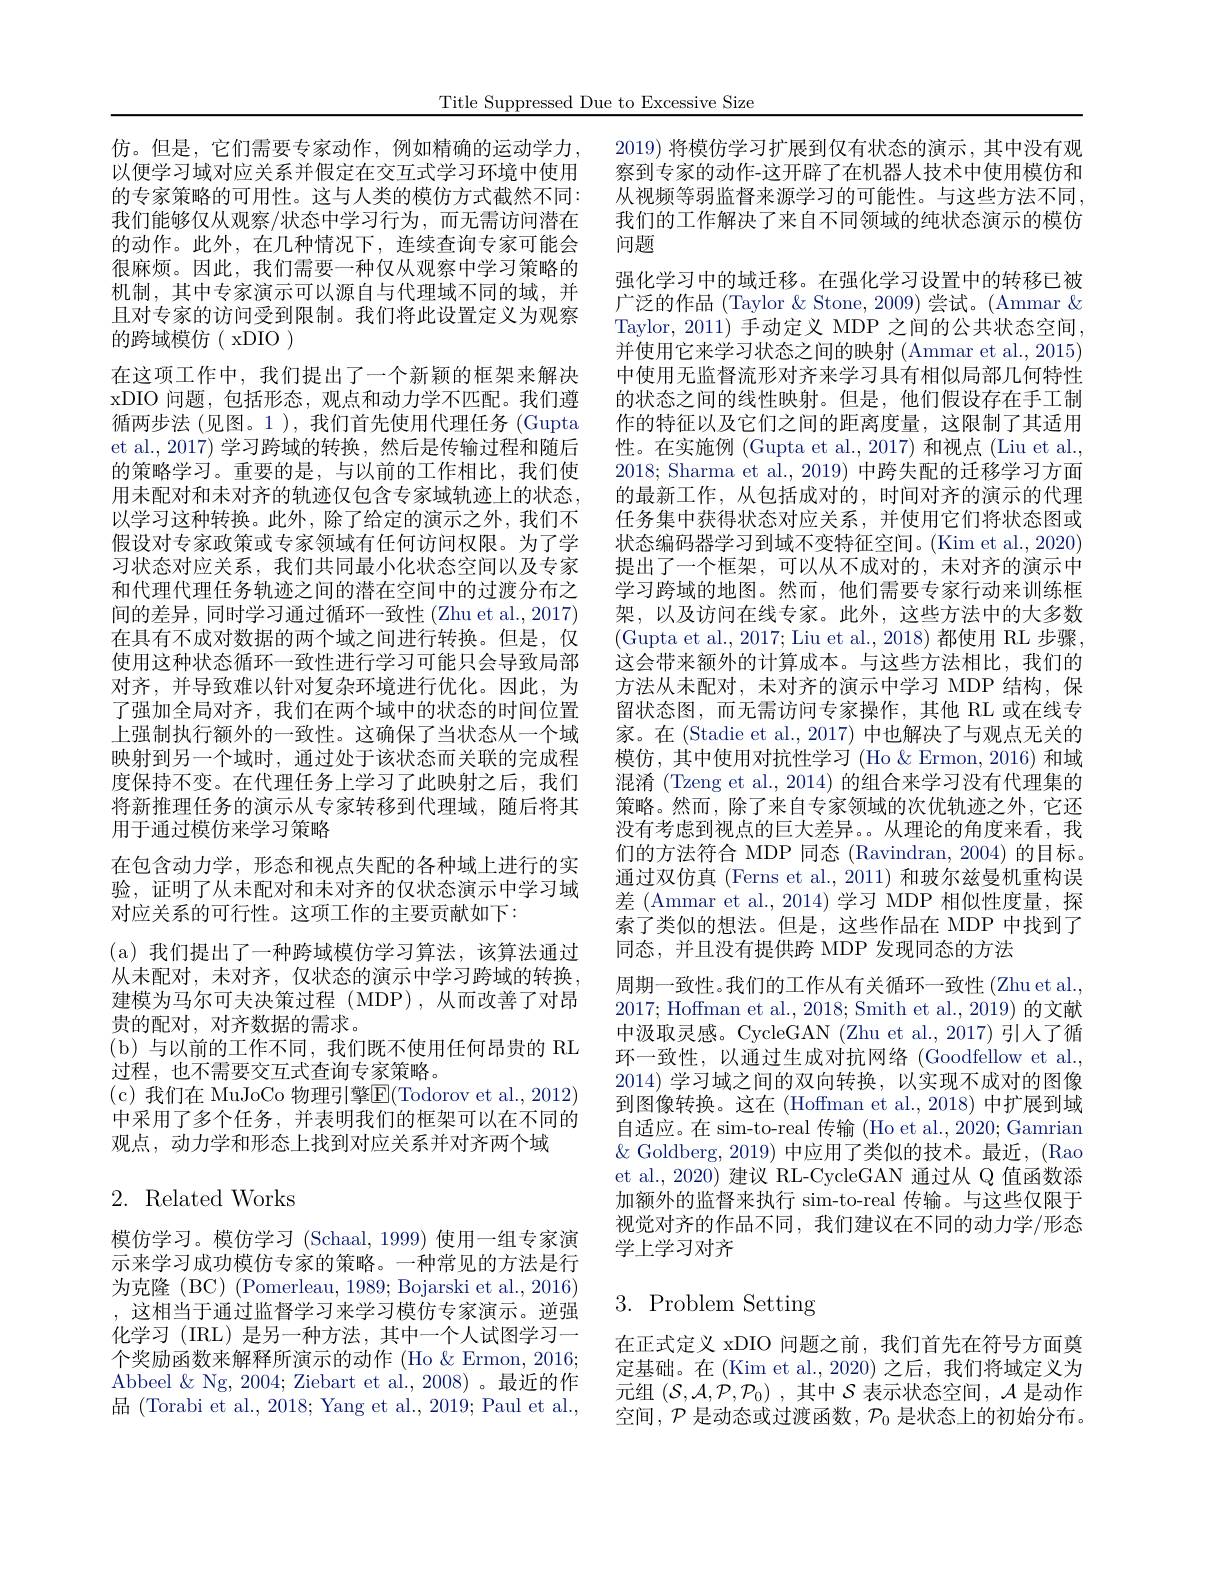
Title Suppressed Due to Excessive Size

仿。但是，它们需要专家动作，例如精确的运动学力， 以便学习域对应关系并假定在交互式学习环境中使用的专家策略的可用性。这与人类的模仿方式截然不同： 我们能够仅从观察/状态中学习行为，而无需访问潜在的动作。此外，在几种情况下，连续查询专家可能会很麻烦。因此，我们需要一种仅从观察中学习策略的机制，其中专家演示可以源自与代理域不同的域，并且对专家的访问受到限制。我们将此设置定义为观察的跨域模仿( xDIO )
在这项工作中，我们提出了一个新颖的框架来解决xDIO 问题，包括形态，观点和动力学不匹配。我们遵循两步法 (见图。1 ), 我们首先使用代理任务 (Gupta et al., 2017) 学习跨域的转换，然后是传输过程和随后的策略学习。重要的是，与以前的工作相比，我们使用未配对和末对齐的轨迹仅包含专家域轨迹上的状态， 以学习这种转换。此外，除了给定的演示之外，我们不假设对专家政策或专家领域有任何访问权限。为了学习状态对应关系，我们共同最小化状态空间以及专家和代理代理任务轨迹之间的潜在空间中的过渡分布之间的差异，同时学习通过循环一致性 (Zhu et al., 2017) 在具有不成对数据的两个域之间进行转换。但是，仅使用这种状态循环一致性进行学习可能只会导致局部对齐，并导致难以针对复杂环境进行优化。因此，为了强加全局对齐，我们在两个域中的状态的时间位置上强制执行额外的一致性。这确保了当状态从一个域映射到另一个域时，通过处于该状态而关联的完成程度保持不变。在代理任务上学习了此映射之后，我们将新推理任务的演示从专家转移到代理域，随后将其用于通过模仿来学习策略
在包含动力学，形态和视点失配的各种域上进行的实验，证明了从未配对和未对齐的仅状态演示中学习域对应关系的可行性。这项工作的主要贡献如下：
(a)我们提出了一种跨域模仿学习算法，该算法通过从未配对，未对齐，仅状态的演示中学习跨域的转换， 建模为马尔可夫决策过程(MDP),从而改善了对昂贵的配对，对齐数据的需求。
( b) 与以前的工作不同，我们既不使用任何昂贵的 RL
过程，也不需要交互式查询专家策略。
(c)我们在 MuJoCo 物理引擎E(Todorov et al.,2012) 中采用了多个任务，并表明我们的框架可以在不同的观点，动力学和形态上找到对应关系并对齐两个域

# 2. Related Works

模仿学习。模仿学习 (Schaal,1999) 使用一组专家演示来学习成功模仿专家的策略。一种常见的方法是行为克隆(BC)(Pomerleau,1989;Bojarski et al.,2016) ,这相当于通过监督学习来学习模仿专家演示。逆强化学习(IRL)是另一种方法、其中一个人试图学习一个奖励函数来解释所演示的动作 (Ho &Ermon, 2016; Abbeel & Ng, 2004; Ziebart et al., 2008) 。最近的作品 (Torabi et al., 2018; Yang et al., 2019; Paul et al.,

2019) 将模仿学习扩展到仅有状态的演示，其中没有观察到专家的动作-这开辟了在机器人技术中使用模仿和从视频等弱监督来源学习的可能性。与这些方法不同， 我们的工作解决了来自不同领域的纯状态演示的模仿问题
强化学习中的域迁移。在强化学习设置中的转移已被广泛的作品 (Taylor &Stone, 2009) 尝试。(Ammar & Taylor, 2011) 手动定义 MDP 之间的公共状态空间， 并使用它来学习状态之间的映射 (Ammar et al., 2015) 中使用无监督流形对齐来学习具有相似局部几何特性的状态之间的线性映射。但是，他们假设存在手工制作的特征以及它们之间的距离度量，这限制了其适用性。在实施例 (Gupta et al., 2017) 和视点 (Liu et al., 2018; Sharma et al.,2019) 中跨失配的迁移学习方面的最新工作，从包括成对的，时间对齐的演示的代理任务集中获得状态对应关系，并使用它们将状态图或状态编码器学习到域不变特征空间。(Kim et al., 2020) 提出了一个框架，可以从不成对的，未对齐的演示中学习跨域的地图。然而，他们需要专家行动来训练框架，以及访问在线专家。此外，这些方法中的大多数(Gupta et al., 2017; Liu et al., 2018)都使用 RL 步骤， 这会带来额外的计算成本。与这些方法相比，我们的方法从未配对，未对齐的演示中学习 MDP 结构，保留状态图，而无需访问专家操作，其他 RL 或在线专家。在 (Stadie et al., 2017) 中也解决了与观点无关的模仿，其中使用对抗性学习(Ho&Ermon,2016) 和域混淆 (Tzeng et al., 2014) 的组合来学习没有代理集的策略。然而，除了来自专家领域的次优轨迹之外，它还没有考虑到视点的巨大差异。从理论的角度来看，我们的方法符合 MDP 同态 (Ravindran,2004) 的目标。通过双仿真 (Ferns et al., 2011) 和玻尔兹曼机重构误差 (Ammar et al.,2014)学习 MDP 相似性度量，探索了类似的想法。但是，这些作品在 MDP 中找到了同态，并且没有提供跨 MDP 发现同态的方法
周期一致性。我们的工作从有关循环一致性(Zhu et al., 2017;Hoffman et al., 2018; Smith et al., 2019) 的文献中汲取灵感。CycleGAN (Zhu et al., 2017) 引人了循环一致性，以通过生成对抗网络(Goodfellow et al., 2014)学习域之间的双向转换，以实现不成对的图像到图像转换。这在 (Hoffman et al.,2018) 中扩展到域自适应。在 sim-to-real 传输 (Ho et al., 2020; Gamrian $\&$ Goldberg, 2019) 中应用了类似的技术。最近，(Rao et al., 2020) 建议 RL-CycleGAN 通过从 Q 值函数添加额外的监督来执行 sim-to-real 传输。与这些仅限于视觉对齐的作品不同，我们建议在不同的动力学/形态学上学习对齐

# 3.Problem Setting

在正式定义 xDIO 问题之前，我们首先在符号方面奠定基础。在 (Kim et al.,2020) 之后，我们将域定义为元组$(\mathcal{S},\mathcal{A},\dot{\mathcal{P}},\mathcal{P}_0)$ ,其中$\mathcal{S}$表示状态空间，$\mathcal{A}$是动作空间，$\mathcal{P}$是动态或过渡函数，$\mathcal{P}_0$是状态上的初始分布。